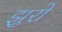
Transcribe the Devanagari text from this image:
झुरो